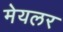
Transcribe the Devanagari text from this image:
मेयलर